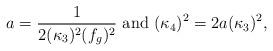
LaTeX: \begin{align*}a=\frac{1}{2(\kappa_{3})^{2}(f_{g})^{2}}~\mbox{and}~(\kappa_{4})^{2}=2a(\kappa_{3})^{2},\end{align*}